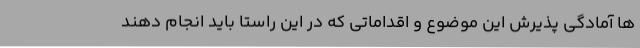
ها آمادگی پذیرش این موضوع و اقداماتی که در این راستا باید انجام دهند